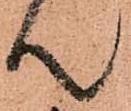
て